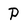
Character: P